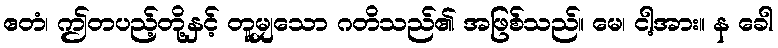
ဧတံ၊ ဤတပည့်တို့နှင့် တူမျှသော ဂတိသည်၏ အဖြစ်သည်။ မေ၊ ငါ့အား။ န ခေါ